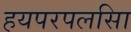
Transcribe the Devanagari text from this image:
हयपरपलसिा